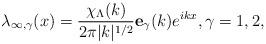
LaTeX: \begin{align*}\lambda_{\infty,\gamma}(x) = \frac{\chi_{\Lambda}(k)}{2\pi|k|^{1/2}} \mathbf{e}_{\gamma}(k) e^{i kx}, \gamma =1,2,\end{align*}